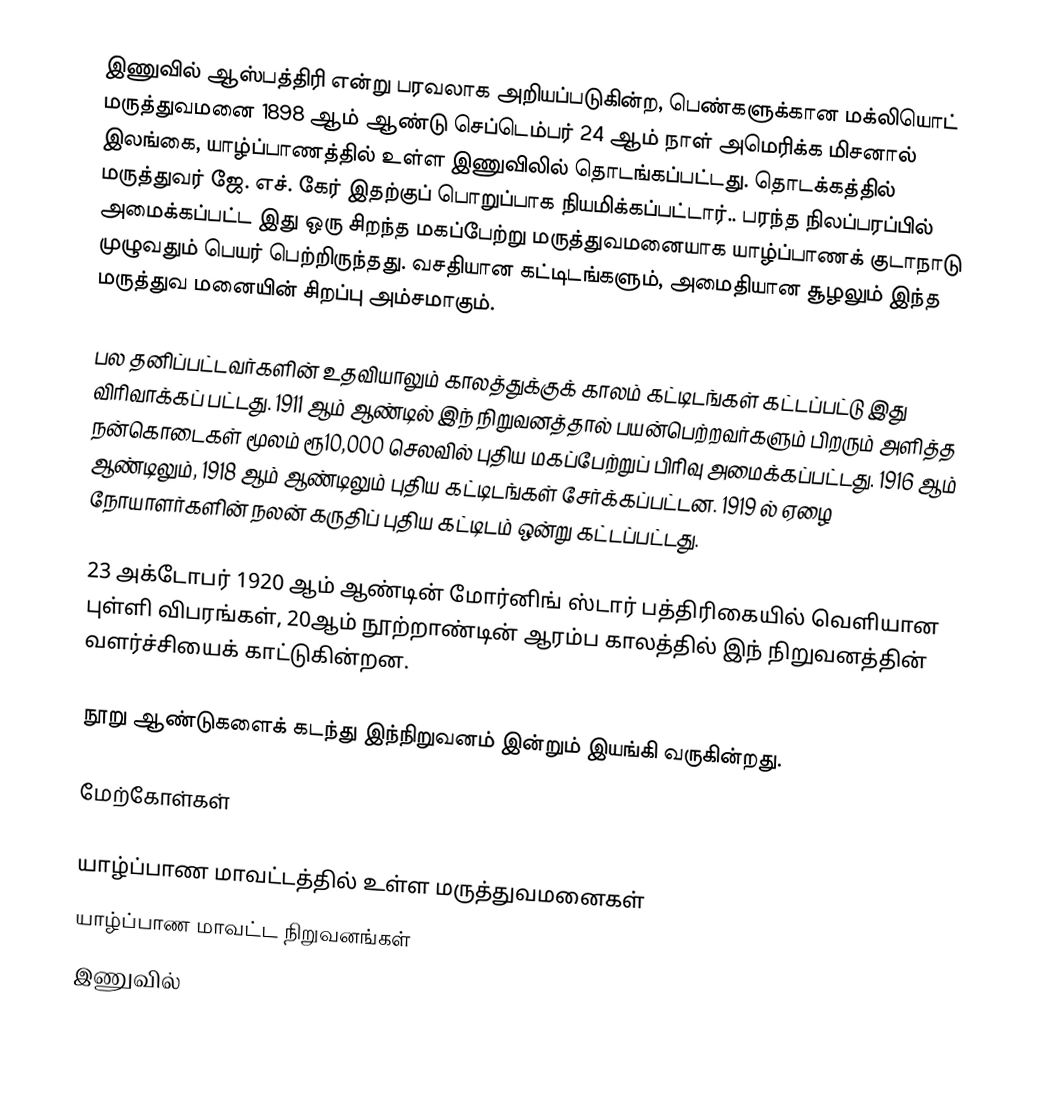
இணுவில் ஆஸ்பத்திரி என்று பரவலாக அறியப்படுகின்ற, பெண்களுக்கான மக்லியொட் மருத்துவமனை 1898 ஆம் ஆண்டு செப்டெம்பர் 24 ஆம் நாள் அமெரிக்க மிசனால் இலங்கை, யாழ்ப்பாணத்தில் உள்ள இணுவிலில் தொடங்கப்பட்டது. தொடக்கத்தில் மருத்துவர் ஜே. எச். கேர் இதற்குப் பொறுப்பாக நியமிக்கப்பட்டார்.. பரந்த நிலப்பரப்பில் அமைக்கப்பட்ட இது ஒரு சிறந்த மகப்பேற்று மருத்துவமனையாக யாழ்ப்பாணக் குடாநாடு முழுவதும் பெயர் பெற்றிருந்தது. வசதியான கட்டிடங்களும், அமைதியான சூழலும் இந்த மருத்துவ மனையின் சிறப்பு அம்சமாகும்.

பல தனிப்பட்டவர்களின் உதவியாலும் காலத்துக்குக் காலம் கட்டிடங்கள் கட்டப்பட்டு இது விரிவாக்கப் பட்டது. 1911 ஆம் ஆண்டில் இந் நிறுவனத்தால் பயன்பெற்றவர்களும் பிறரும் அளித்த நன்கொடைகள் மூலம் ரூ10,000 செலவில் புதிய மகப்பேற்றுப் பிரிவு அமைக்கப்பட்டது. 1916 ஆம் ஆண்டிலும், 1918 ஆம் ஆண்டிலும் புதிய கட்டிடங்கள் சேர்க்கப்பட்டன. 1919 ல் ஏழை நோயாளர்களின் நலன் கருதிப் புதிய கட்டிடம் ஒன்று கட்டப்பட்டது.

23 அக்டோபர் 1920 ஆம் ஆண்டின் மோர்னிங் ஸ்டார் பத்திரிகையில் வெளியான புள்ளி விபரங்கள், 20ஆம் நூற்றாண்டின் ஆரம்ப காலத்தில் இந் நிறுவனத்தின் வளர்ச்சியைக் காட்டுகின்றன.

நூறு ஆண்டுகளைக் கடந்து இந்நிறுவனம் இன்றும் இயங்கி வருகின்றது.

மேற்கோள்கள்

யாழ்ப்பாண மாவட்டத்தில் உள்ள மருத்துவமனைகள்
யாழ்ப்பாண மாவட்ட நிறுவனங்கள்
இணுவில்